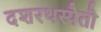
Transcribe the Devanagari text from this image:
दशरथस्यैतौ